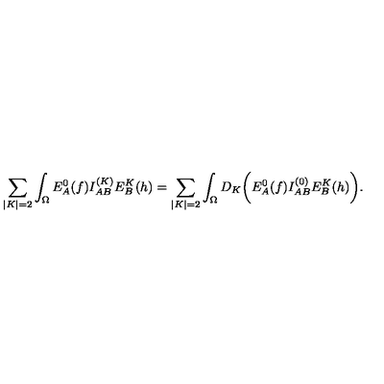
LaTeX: \sum _ { | K | = 2 } \int _ { \Omega } E _ { A } ^ { 0 } ( f ) I _ { A B } ^ { ( K ) } E _ { B } ^ { K } ( h ) = \sum _ { | K | = 2 } \int _ { \Omega } D _ { K } \biggl ( E _ { A } ^ { 0 } ( f ) I _ { A B } ^ { ( 0 ) } E _ { B } ^ { K } ( h ) \biggr ) .